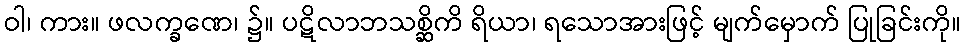
ဝါ၊ ကား။ ဖလက္ခဏေ၊ ၌။ ပဋိလာဘသစ္ဆိကိ ရိယာ၊ ရသောအားဖြင့် မျက်မှောက် ပြုခြင်းကို။